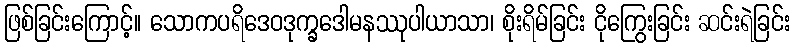
ဖြစ်ခြင်းကြောင့်။ သောကပရိဒေဝဒုက္ခဒေါမနဿုပါယာသာ၊ စိုးရိမ်ခြင်း ငိုကြွေးခြင်း ဆင်းရဲခြင်း